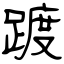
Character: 踱